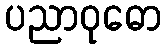
ပညာဝုဓော